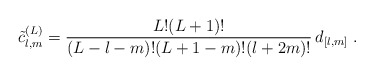
\begin{align*} \tilde c^{(L)}_{l,m} = \frac{L! (L+1)!} {(L-l-m)! (L+1-m)! (l+2m)!} \, d_{[l,m]} \;.\end{align*}